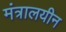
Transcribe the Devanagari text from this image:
मंत्रालयीन